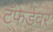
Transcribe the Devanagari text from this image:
टॅफर्डवर